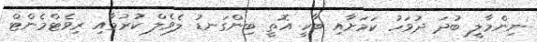
ނިންމާލީ ބުދަ ދުވަހު ކަމަށާއި ބާކީ އޮތީ ބިންގަނޑު ލެވެލް ކުރުމާއި ރިވެޓްމެންޓް